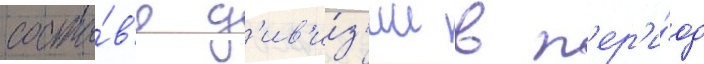
соста́в'е д'ив'и́з'ии в п'ер'и́од